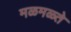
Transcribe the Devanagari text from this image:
मळमळ्ते